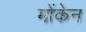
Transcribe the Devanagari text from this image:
मोंकेन